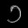
Digit: ၁